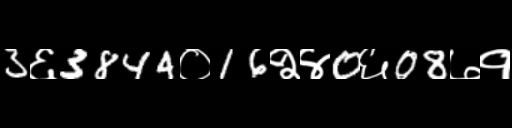
Text: 3६3844०16२४0६08७१